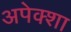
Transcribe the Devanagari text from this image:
अपेक्शा